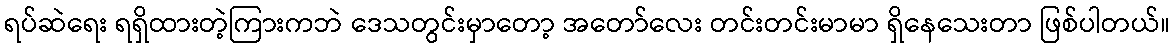
ရပ်ဆဲရေး ရရှိထားတဲ့ကြားကဘဲ ဒေသတွင်းမှာတော့ အတော်လေး တင်းတင်းမာမာ ရှိနေသေးတာ ဖြစ်ပါတယ်။